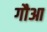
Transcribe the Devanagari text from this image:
गौआ